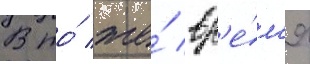
В то́ же́ вр'е́м'я